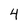
Character: 4